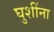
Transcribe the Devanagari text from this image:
घुशींना